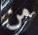
من